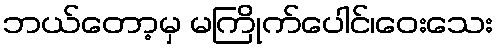
ဘယ်တော့မှ မကြိုက်ပေါင်၊ဝေးသေး